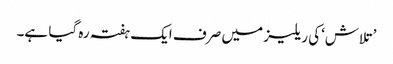
’تلاش‘کی ریلیز میں صرف ایک ہفتہ رہ گیا ہے۔